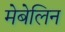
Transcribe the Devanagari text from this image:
मेबेलिन